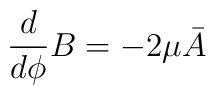
\frac{d}{d \phi} B = -2 \mu \bar{A}